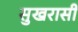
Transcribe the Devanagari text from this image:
सुखरासी